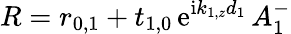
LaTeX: R=r_{0,1}+t_{1,0}\, \mathrm{e}^{\mathrm{i}k_{1,z}d_{1}}\, A_{1}^{-}